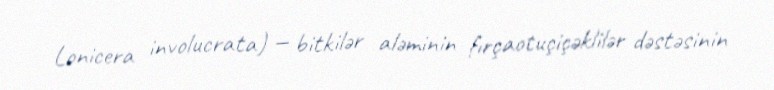
Lonicera involucrata) — bitkilər aləminin fırçaotuçiçəklilər dəstəsinin